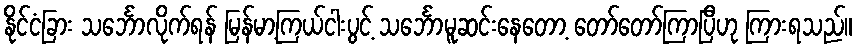
နိုင်ငံခြား သင်္ဘောလိုက်ရန် မြန်မာ့ကြယ်ငါးပွင့် သင်္ဘောမူဆင်းနေတော့ တော်တော်ကြာပြီဟု ကြားရသည်။